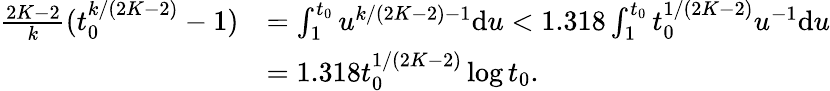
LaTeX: \begin{array}{rl}{\frac{2K-2}{k}(t_{0}^{k/(2K-2)}-1)}&{=\int_{1}^{t_{0}}u^{k/(2K-2)-1}\mathrm{d}u<1.318\int_{1}^{t_{0}}t_{0}^{1/(2K-2)}u^{-1}\mathrm{d}u}\\ &{=1.318t_{0}^{1/(2K-2)}\log t_{0}.}\end{array}